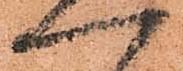
一